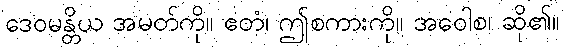
ဒေဝမန္တိယ အမတ်ကို။ ဧတံ၊ ဤစကားကို။ အဝေါစ၊ ဆို၏။